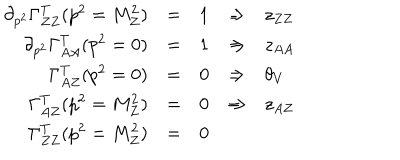
LaTeX: \begin{array} { r c c c l } { { \partial _ { p ^ { 2 } } \Gamma _ { Z Z } ^ { T } ( p ^ { 2 } = M _ { Z } ^ { 2 } ) } } & { { = } } & { { 1 } } & { { \Rightarrow } } & { { z _ { Z Z } } } \\ { { \partial _ { p ^ { 2 } } \Gamma _ { A A } ^ { T } ( p ^ { 2 } = 0 ) } } & { { = } } & { { 1 } } & { { \Rightarrow } } & { { z _ { A A } } } \\ { { \Gamma _ { A Z } ^ { T } ( p ^ { 2 } = 0 ) } } & { { = } } & { { 0 } } & { { \Rightarrow } } & { { \theta _ { V } } } \\ { { \Gamma _ { A Z } ^ { T } ( p ^ { 2 } = M _ { Z } ^ { 2 } ) } } & { { = } } & { { 0 } } & { { \Rightarrow } } & { { z _ { A Z } } } \\ { { \Gamma _ { Z Z } ^ { T } ( p ^ { 2 } = M _ { Z } ^ { 2 } ) } } & { { = } } & { { 0 } } & { { } } & { { } } \\ \end{array}